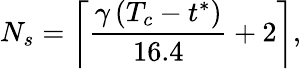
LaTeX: N_{s}=\left\lceil\frac{\gamma\, (T_{c}-t^{*})}{16.4}+2\right\rceil,